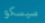
سيسكو